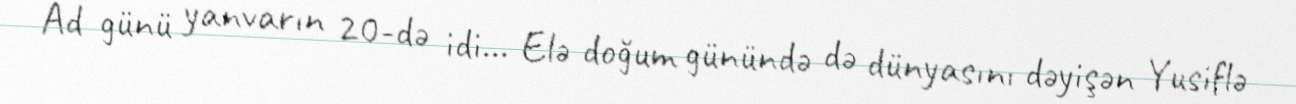
Ad günü yanvarın 20-də idi... Elə doğum günündə də dünyasını dəyişən Yusiflə